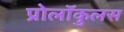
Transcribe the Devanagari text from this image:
प्रोलॉकुलस